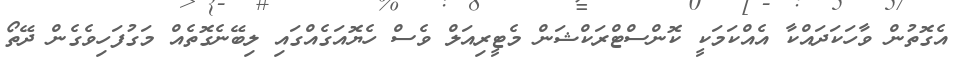
އެގޮތުން ވާހަކަދައްކާ އެއްކަމަކީ ކޮންސްޓްރަކްޝަން މެޓީރިއަލް ވެސް ހެޔޮއަގެއްގައި ލިބޭނެގޮތެއް މަގުފަހިވެގެން ދޭތޯ